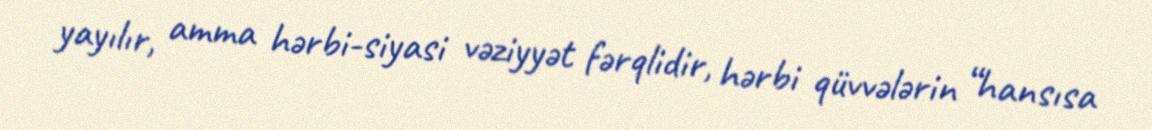
yayılır, amma hərbi-siyasi vəziyyət fərqlidir, hərbi qüvvələrin “hansısa